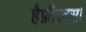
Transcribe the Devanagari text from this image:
हैफ़ीस्टस।